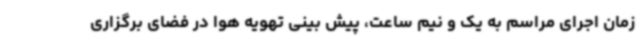
زمان اجرای مراسم به یک و نیم ساعت، پیش بینی تهویه هوا در فضای برگزاری